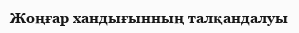
Жоңғар хандығынның талқандалуы